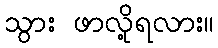
သွား ဖာလို့ရလား။